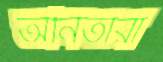
অনিতারা